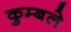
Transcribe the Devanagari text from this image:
कुम्बले